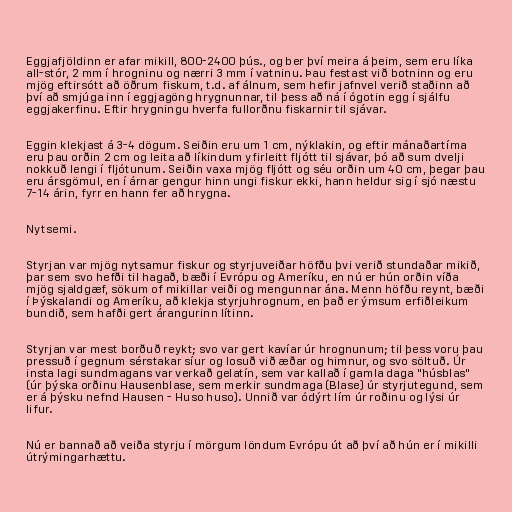
Eggjafjöldinn er afar mikill, 800-2400 þús., og ber því meira á þeim, sem eru líka
all-stór, 2 mm í hrogninu og nærri 3 mm í vatninu. Þau festast við botninn og eru
mjög eftirsótt að öðrum fiskum, t.d. af álnum, sem hefir jafnvel verið staðinn að
því að smjúga inn í eggjagöng hrygnunnar, til þess að ná í ógotin egg í sjálfu
eggjakerfinu. Eftir hrygningu hverfa fullorðnu fiskarnir til sjávar.

Eggin klekjast á 3-4 dögum. Seiðin eru um 1 cm, nýklakin, og eftir mánaðartíma
eru þau orðin 2 cm og leita að líkindum yfirleitt fljótt til sjávar, þó að sum dvelji
nokkuð lengi í fljótunum. Seiðin vaxa mjög fljótt og séu orðin um 40 cm, þegar þau
eru ársgömul, en í árnar gengur hinn ungi fiskur ekki, hann heldur sig í sjó næstu
7-14 árin, fyrr en hann fer að hrygna.

Nytsemi.

Styrjan var mjög nytsamur fiskur og styrjuveiðar höfðu þvi verið stundaðar mikið,
þar sem svo hefði til hagað, bæði í Evrópu og Ameríku, en nú er hún orðin víða
mjög sjaldgæf, sökum of mikillar veiði og mengunnar ána. Menn höfðu reynt, bæði
í Þýskalandi og Ameríku, að klekja styrjuhrognum, en það er ýmsum erfiðleikum
bundið, sem hafði gert árangurinn lítinn.

Styrjan var mest borðuð reykt; svo var gert kavíar úr hrognunum; til þess voru þau
pressuð í gegnum sérstakar síur og losuð við æðar og himnur, og svo söltuð. Úr
insta lagi sundmagans var verkað gelatín, sem var kallað í gamla daga "húsblas"
(úr þýska orðinu Hausenblase, sem merkir sundmaga (Blase) úr styrjutegund, sem
er á þýsku nefnd Hausen - Huso huso). Unnið var ódýrt lím úr roðinu og lýsi úr
lifur.

Nú er bannað að veiða styrju í mörgum löndum Evrópu út að því að hún er í mikilli
útrýmingarhættu.